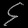
Digit: ၄